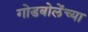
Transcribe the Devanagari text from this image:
गोडबोलेंच्या